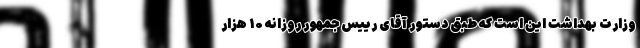
وزارت بهداشت این است که طبق دستور آقای رییس جمهور روزانه ۱۰ هزار